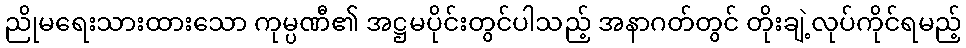
ညိုမရေးသားထားသော ကုမ္ပဏီ၏ အဋ္ဌမပိုင်းတွင်ပါသည့် အနာဂတ်တွင် တိုးချဲ့လုပ်ကိုင်ရမည့်